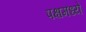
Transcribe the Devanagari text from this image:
पक्षमध्ये